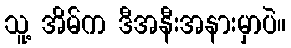
သူ့ အိမ်က ဒီအနီးအနားမှာပဲ။